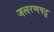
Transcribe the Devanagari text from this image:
जलरणपटू